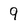
Character: 9